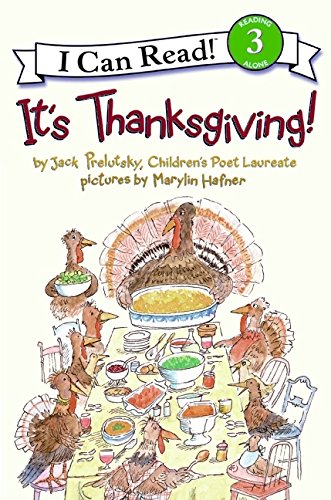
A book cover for It's Thanksgiving! (I Can Read Level 3); Jack Prelutsky; Children's Books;